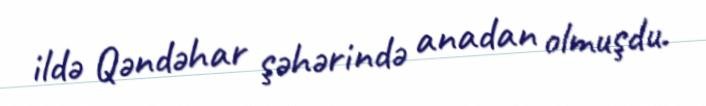
ildə Qəndəhar şəhərində anadan olmuşdu.